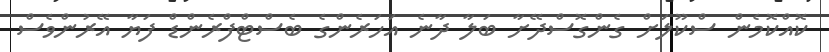
ކޮއްކޮމެން ސްކޫލަށް ގެންގޮސްދޭށާ ބަލާ ދާނެ އަހަރެންގެ ބެސްޓްފްރެންޑް ފަޔާ އޭރުންވެސް